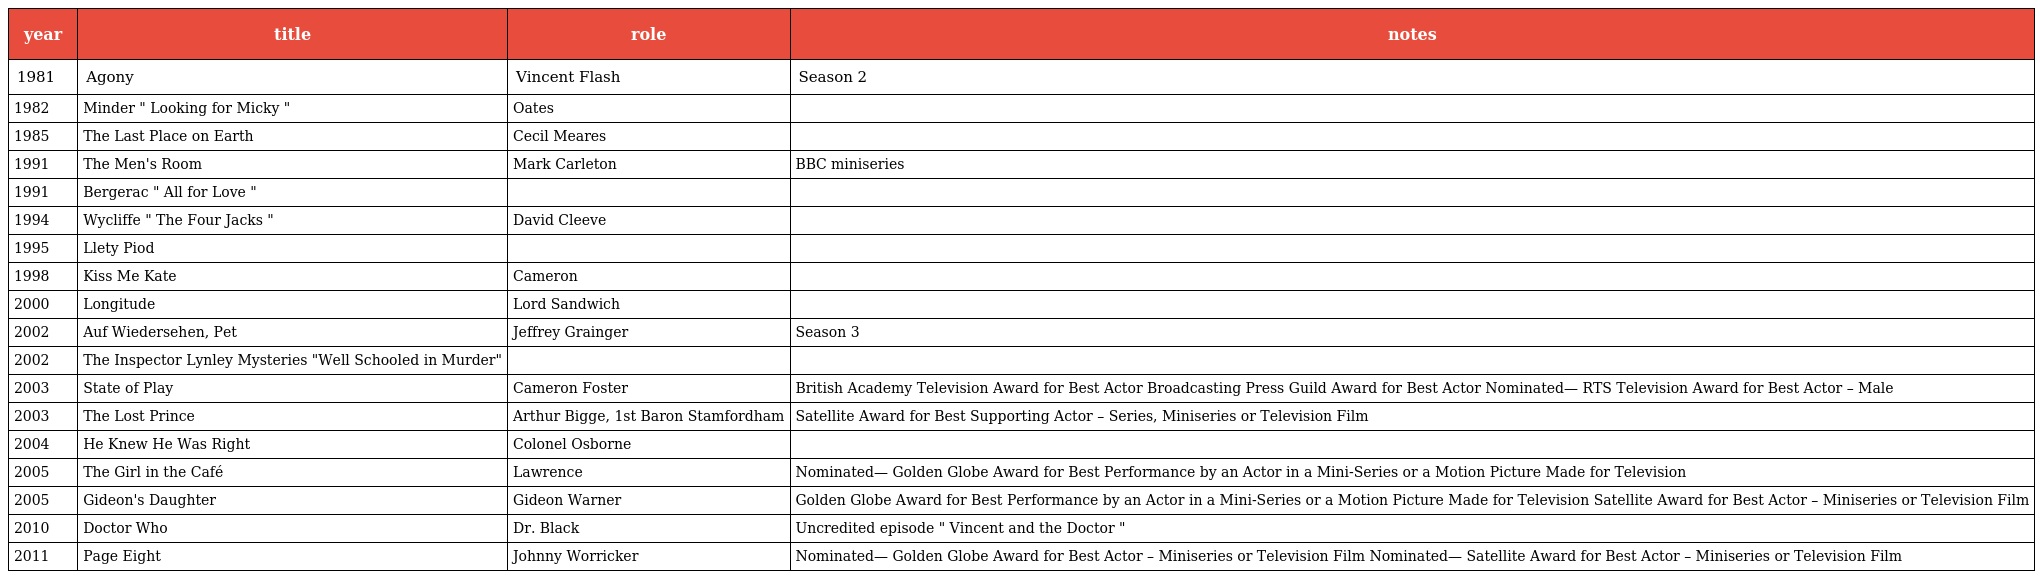
| year | title | role | notes |
 | --- | --- | --- | --- |
 | 1981 | Agony | Vincent Flash | Season 2 |
 | 1982 | Minder " Looking for Micky " | Oates |  |
 | 1985 | The Last Place on Earth | Cecil Meares |  |
 | 1991 | The Men's Room | Mark Carleton | BBC miniseries |
 | 1991 | Bergerac " All for Love " |  |  |
 | 1994 | Wycliffe " The Four Jacks " | David Cleeve |  |
 | 1995 | Llety Piod |  |  |
 | 1998 | Kiss Me Kate | Cameron |  |
 | 2000 | Longitude | Lord Sandwich |  |
 | 2002 | Auf Wiedersehen, Pet | Jeffrey Grainger | Season 3 |
 | 2002 | The Inspector Lynley Mysteries "Well Schooled in Murder" |  |  |
 | 2003 | State of Play | Cameron Foster | British Academy Television Award for Best Actor Broadcasting Press Guild Award for Best Actor Nominated— RTS Television Award for Best Actor – Male |
 | 2003 | The Lost Prince | Arthur Bigge, 1st Baron Stamfordham | Satellite Award for Best Supporting Actor – Series, Miniseries or Television Film |
 | 2004 | He Knew He Was Right | Colonel Osborne |  |
 | 2005 | The Girl in the Café | Lawrence | Nominated— Golden Globe Award for Best Performance by an Actor in a Mini-Series or a Motion Picture Made for Television |
 | 2005 | Gideon's Daughter | Gideon Warner | Golden Globe Award for Best Performance by an Actor in a Mini-Series or a Motion Picture Made for Television Satellite Award for Best Actor – Miniseries or Television Film |
 | 2010 | Doctor Who | Dr. Black | Uncredited episode " Vincent and the Doctor " |
 | 2011 | Page Eight | Johnny Worricker | Nominated— Golden Globe Award for Best Actor – Miniseries or Television Film Nominated— Satellite Award for Best Actor – Miniseries or Television Film |